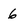
Character: 6